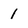
Character: 1